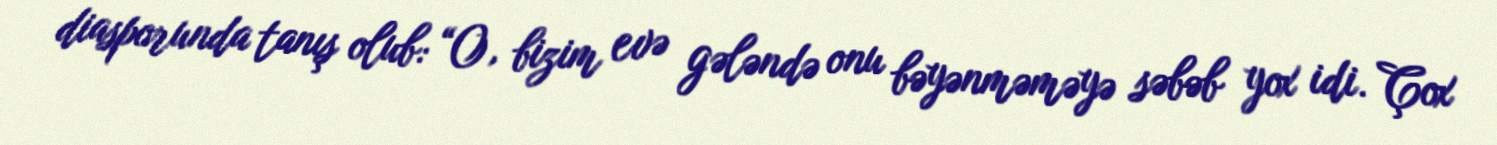
diasporunda tanış olub: “O, bizim evə gələndə onu bəyənməməyə səbəb yox idi. Çox